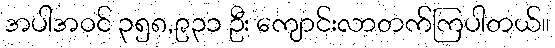
အပါအဝင် ၃၅၈,၉၃၁ ဦး ကျောင်းလာတက်ကြပါတယ်။